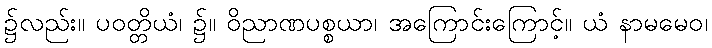
၌လည်း။ ပဝတ္တိယံ၊ ၌။ ဝိညာဏပစ္စယာ၊ အကြောင်းကြောင့်။ ယံ နာမမေဝ၊